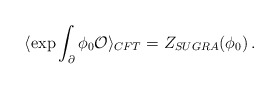
\begin{align*} \langle \exp \int _{\partial} \phi_0 {\cal O} \rangle_{CFT} = Z_{SUGRA} (\phi_0) \, .\end{align*}